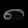
Digit: ၈